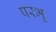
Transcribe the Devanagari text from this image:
परभू